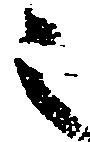
之